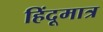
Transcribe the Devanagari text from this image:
हिंदूमात्र